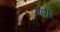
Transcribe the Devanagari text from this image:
तारी।